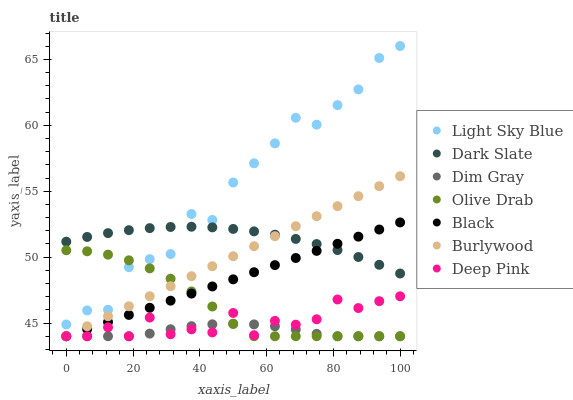
| xaxis_label | Light Sky Blue | Dark Slate | Dim Gray | Olive Drab | Black | Burlywood | Deep Pink |
 | --- | --- | --- | --- | --- | --- | --- | --- |
 | 0 | 44.9 | 51.2 | 44 | 50.5 | 44 | 44 | 44 |
 | 6.25 | 46 | 51.5 | 44 | 50.4 | 44.5 | 44.8 | 44 |
 | 12.5 | 46 | 51.8 | 44 | 50.2 | 45.1 | 45.5 | 44.7 |
 | 18.8 | 49.2 | 52 | 44 | 49.8 | 45.6 | 46.3 | 44 |
 | 25 | 49.9 | 52.2 | 44.2 | 49.2 | 46.2 | 47 | 45.4 |
 | 31.2 | 50.2 | 52.3 | 44.5 | 48.4 | 46.7 | 47.8 | 44.2 |
 | 37.5 | 53.3 | 52.3 | 44.8 | 47.4 | 47.2 | 48.6 | 44.5 |
 | 43.8 | 52.8 | 52.3 | 44.9 | 46.3 | 47.8 | 49.3 | 44.3 |
 | 50 | 55.7 | 52.1 | 45 | 44.9 | 48.3 | 50.1 | 45.8 |
 | 56.2 | 57.1 | 52 | 44.9 | 44 | 48.9 | 50.8 | 44.1 |
 | 62.5 | 58.6 | 51.7 | 44.8 | 44 | 49.4 | 51.6 | 45.2 |
 | 68.8 | 60.6 | 51.4 | 44.5 | 44 | 49.9 | 52.3 | 44.9 |
 | 75 | 60 | 51 | 44.2 | 44 | 50.5 | 53.1 | 45.3 |
 | 81.2 | 61.5 | 50.5 | 44 | 44 | 51 | 53.9 | 46.8 |
 | 87.5 | 62.7 | 50 | 44 | 44 | 51.6 | 54.6 | 46.1 |
 | 93.8 | 65.1 | 49.4 | 44 | 44 | 52.1 | 55.4 | 46.7 |
 | 100 | 66 | 48.8 | 44 | 44 | 52.6 | 56.1 | 47 |